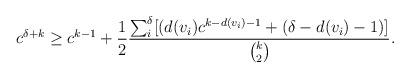
LaTeX: \begin{align*}c^{\delta+k} \ge c^{k-1}+\frac{1}{2}\frac{\sum_i^\delta [(d(v_i)c^{k-d(v_i)-1}+(\delta-d(v_i)-1)]}{\binom{k}{2}}.\end{align*}